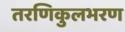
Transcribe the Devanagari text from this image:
तरणिकुलभरण